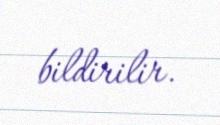
bildirilir.